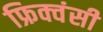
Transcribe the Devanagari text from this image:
फ्रिक्वंसी